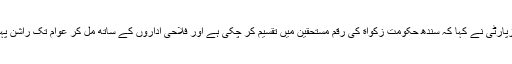
چیئرمین پیپلزپارٹی نے کہا کہ سندھ حکومت زکواة کی رقم مستحقین میں تقسیم کر چکی ہے اور فلاحی اداروں کے ساتھ مل کر عوام تک راشن پہنچا رہی ہے۔